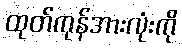
ထုတ်ကုန်အားလုံးကို